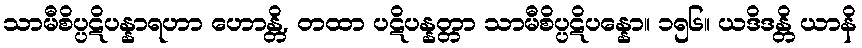
သာမီစိပ္ပဋိပန္နာရဟာ ဟောန္တိ, တထာ ပဋိပန္နတ္တာ သာမီစိပ္ပဋိပန္နော။ ၁၅၆။ ယဒိဒန္တိ ယာနိ